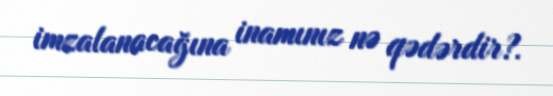
imzalanacağına inamınız nə qədərdir?.